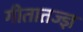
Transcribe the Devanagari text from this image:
गीतातज्ज्ञ